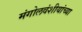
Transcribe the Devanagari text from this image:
मंगोलवंशीयांच्या